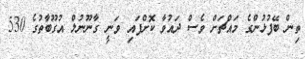
ތިން ބޭފުޅުންގެ މައްޗަށް ވެސް ދައުވާ ކޮށްފައި ވަނީ ގާނޫނުލް އުގޫބާތުގެ 530